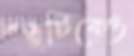
বন্ধুটিকেও